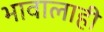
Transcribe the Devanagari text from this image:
भावालाही